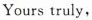
Yours truly,